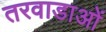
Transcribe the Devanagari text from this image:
तरवाडाओं